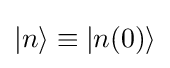
|n\rangle \equiv |n(0)\rangle